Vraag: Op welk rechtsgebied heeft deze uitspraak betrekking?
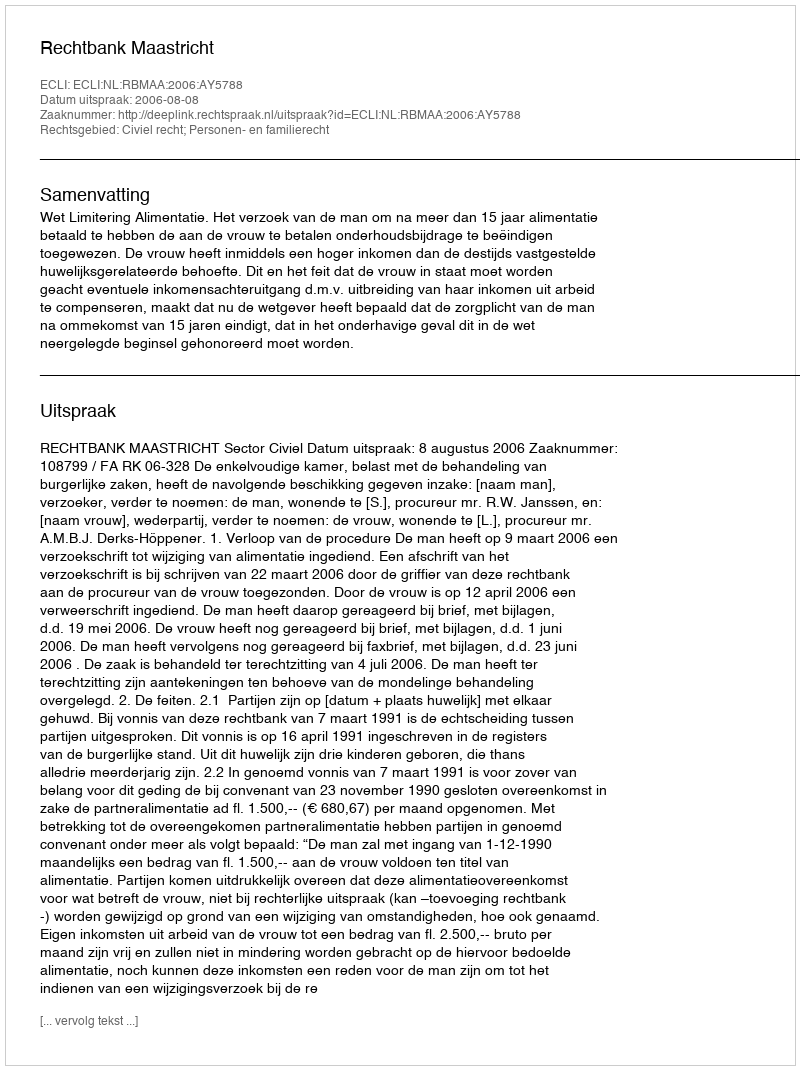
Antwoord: Civiel recht; Personen- en familierecht